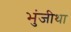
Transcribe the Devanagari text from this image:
भुंजीथा